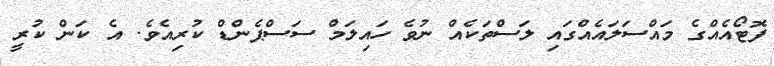
ފޮޓޯއެއްގެ މައްސަލައެއްގައި ލަސްތަކެއް ނުވެ ހައިލަމް ސަސްޕެންޑް ކުރިއެވެ. އެ ކަން ކުރީ